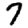
Digit: 7